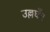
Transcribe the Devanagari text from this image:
उल्लघँन